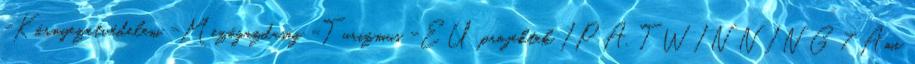
-Környezetvédelem -Mezőgazdaság -Turizmus -EU projektek IPA, TWINNING 7 Ami